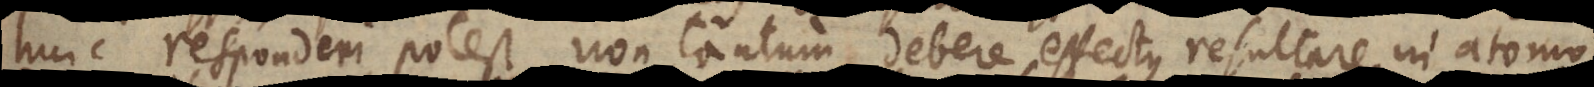
huic responderi potest, non tantum debere effectus resultare in atomo